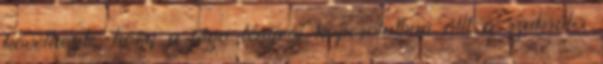
következik, hogy a jóga lényegi kapcsolatban állt a szakrális